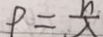
P = \frac { h } { \lambda }